Lunatic asylums in Bengal annual reports 1888-1898 - 1888-1898
Year: 1888
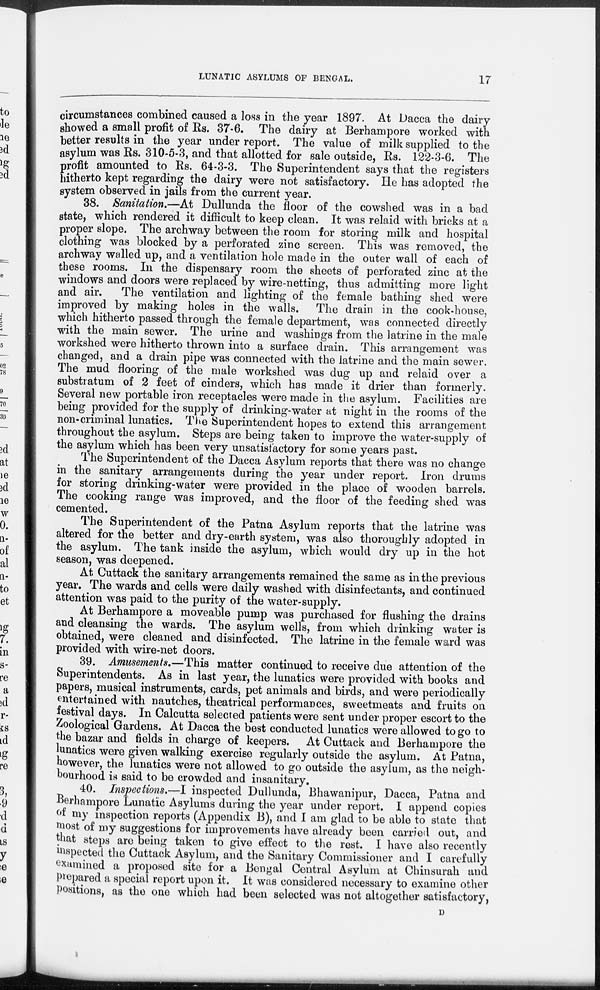
LUNATIC ASYLUMS OF BENGAL.
17
circumstances combined caused a loss in the year 1897. At Dacca the dairy-
showed a small profit of Rs. 37-6. The dairy at Berhampore worked with
better results in the year under report. The value of milk supplied to the
asylum was Rs. 310-5-3, and that allotted for sale outside, Rs. 122-3-6. The
profit amounted to Rs. 64-3-3. The Superintendent says that the registers
hitherto kept regarding the dairy were not satisfactory. He has adopted the
system observed in jails from the current year.
38. Sanitation.—At Dullunda the floor of the cowshed was in a bad
state, which rendered it difficult to keep clean. It was relaid with bricks at a
proper slope. The archway between the room for storing milk and hospital
clothing was blocked by a perforated zinc screen. This was removed, the
archway walled up, and a ventilation hole made in the outer wall of each of
these rooms. In the dispensary room the sheets of perforated zinc at the
windows and doors were replaced by wire-netting, thus admitting more light
and air.
The ventilation and lighting of the female bathing shed were
improved by making holes in the walls. The drain in the cook-house,
which hitherto passed through the female department, was connected directly
with the main sewer. The urine and washings from the latrine in the male
workshed were hitherto thrown into a surface drain. This arrangement was
changed, and a drain pipe was connected with the latrine and the main sewer.
The mud flooring of the male workshed was dug up and relaid over a
substratum of 2 feet of cinders, which has made it drier than formerly.
Several new portable iron receptacles were made in the asylum. Facilities are
being provided for the supply of drinking-water at night in the rooms of the
non-criminal lunatics. The Superintendent hopes to extend this arrangement
throughout the asylum. Steps are being taken to improve the water-supply of
the asylum which has been very unsatisfactory for some years past.
The Superintendent of the Dacca Asylum reports that there was no change
in the sanitary arrangements during the year under report. Iron drums
for storing drinking-water were provided in the place of wooden barrels.
The cooking range was improved, and the floor of the feeding shed was
cemented.
The Superintendent of the Patna Asylum reports that the latrine was
altered for the better and dry-earth system, was also thoroughly adopted in
the asylum. The tank inside the asylum, which would dry up in the hot
season, was deepened.
At Cuttack the sanitary arrangements remained the same as in the previous
year. The wards and cells were daily washed with disinfectants, and continued
attention was paid to the purity of the water-supply.
At Berhampore a moveable pump was purchased for flushing the drains
and cleansing the wards. The asylum wells, from which drinking water is
obtained, were cleaned and disinfected. The latrine in the female ward was
provided with wire-net doors.
39. Amusements.—This matter continued to receive due attention of the
Superintendents. As in last year, the lunatics were provided with books and
papers, musical instruments, cards, pet animals and birds, and were periodically
entertained with nautches, theatrical performances, sweetmeats and fruits on
festival days. In Calcutta selected patients were sent under proper escort to the
Zoological Gardens. At Dacca the best conducted lunatics were allowed to go to
the bazar and fields in charge of keepers. At Cuttack and Berhampore the
lunatics were given walking exercise regularly outside the asylum. At Patna,
however, the lunatics were not allowed to go outside the asylum, as the neigh-
bourhood is said to be crowded and insanitary.
40. Inspections.—I inspected Dullunda, Bhawanipur, Dacca, Patna and
Berhampore Lunatic Asylums during the year under report. I append copies
of my inspection reports (Appendix B), and I am glad to be able to state that
most of my suggestions for improvements have already been carried out, and
that steps are being taken to give effect to the rest. I have also recently
inspected the Cuttack Asylum, and the Sanitary Commissioner and I carefully
examined a proposed site for a Bengal Central Asylum at Chinsurah and
prepared a special report upon it. It was considered necessary to examine other
positions, as the one which had been selected was not altogether satisfactory,
D